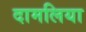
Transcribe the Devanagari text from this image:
दामलिया